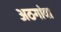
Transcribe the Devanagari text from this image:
अठगांवा